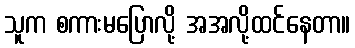
သူက စကားမပြောလို့ အအလို့ထင်နေတာ။